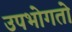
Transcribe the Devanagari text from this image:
उपभोगतो